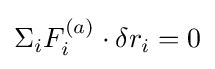
\Sigma _{i}F_{i}^{(a)}\cdot \delta r_{i}=0